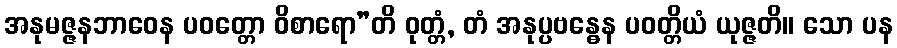
အနုမဇ္ဇနဘာဝေန ပဝတ္တော ဝိစာရော”တိ ဝုတ္တံ, တံ အနုပ္ပဗန္ဓေန ပဝတ္တိယံ ယုဇ္ဇတိ။ သော ပန